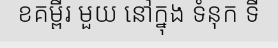
ខគម្ពីរ មួយ នៅក្នុង ទំនុក ទី